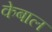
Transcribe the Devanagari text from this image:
केबाल